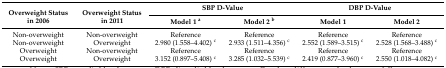
| <ROWSPAN=2> Overweight Status in 2006 | <ROWSPAN=2> Overweight Status in 2011 | <COLSPAN=2> SBP D-Value | <COLSPAN=2> DBP D-Value |
 | Model 1 a | Model 2 b | Model 1 | Model 2 |
 | --- | --- | --- | --- | --- | --- |
 | Non-overweight | Non-overweight | Reference | Reference | Reference | Reference |
 | Non-overweight | Overweight | 2.980 (1.558–4.402) c | 2.933 (1.511–4.356) c | 2.552 (1.589–3.515) c | 2.528 (1.568–3.488) c |
 | Overweight | Non-overweight | Reference | Reference | Reference | Reference |
 | Overweight | Overweight | 3.152 (0.897–5.408) c | 3.285 (1.032–5.539) c | 2.419 (0.877–3.960) c | 2.550 (1.018–4.082) c |